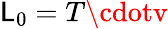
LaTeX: \mathsf{L}_{0}=T\cdotv